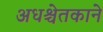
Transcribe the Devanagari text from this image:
अधश्चेतकाने